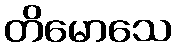
တိမောသေ